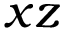
x z